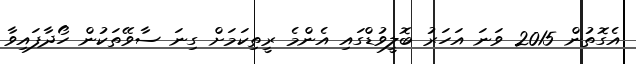
އެގޮތުން 2015 ވަނަ އަހަރު ބޮލީވުޑްގައި އެންމެ ރީތިކަމަށް ގިނަ ސާވޭތަކުން ހޯދާފައިވާ